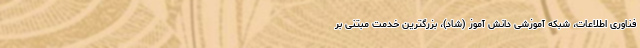
فناوری اطلاعات، شبکه آموزشی دانش آموز (شاد)، بزرگترین خدمت مبتنی بر